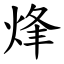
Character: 烽